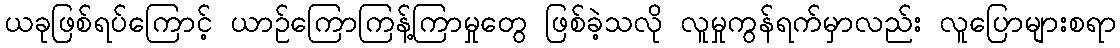
ယခုဖြစ်ရပ်ကြောင့် ယာဉ်ကြောကြန့်ကြာမှုတွေ ဖြစ်ခဲ့သလို လူမှုကွန်ရက်မှာလည်း လူပြောများစရာ